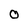
Character: O